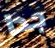
جدا